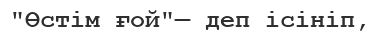
"Өстім ғой"— деп ісініп,